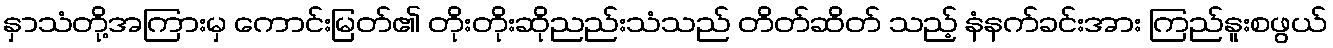
နှာသံတို့အကြားမှ ကောင်းမြတ်၏ တိုးတိုးဆိုညည်းသံသည် တိတ်ဆိတ် သည့် နံနက်ခင်းအား ကြည်နူးစဖွယ်